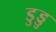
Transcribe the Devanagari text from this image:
डुड्डु